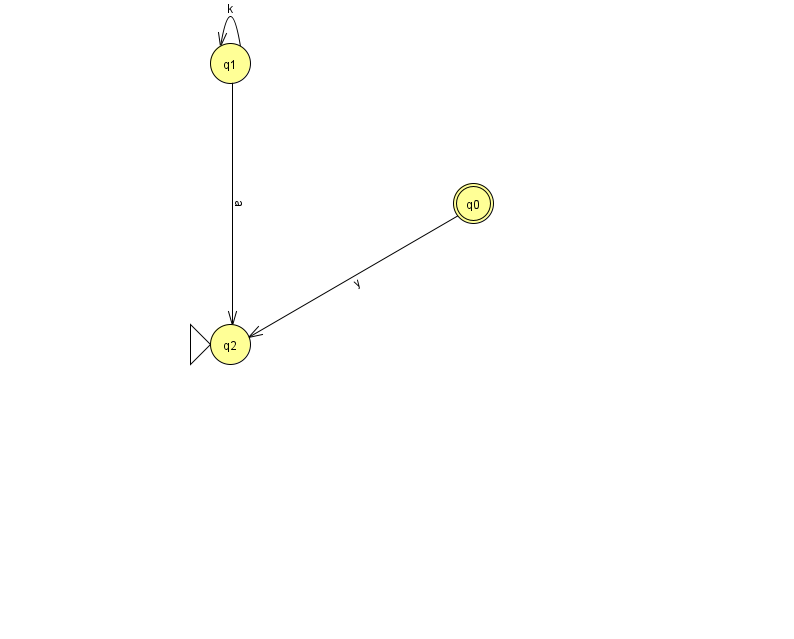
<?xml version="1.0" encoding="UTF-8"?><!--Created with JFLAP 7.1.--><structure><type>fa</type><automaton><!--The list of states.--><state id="0" name="q0"><x>473.0</x><y>190.0</y><final/></state><state id="1" name="q1"><x>230.0</x><y>50.0</y></state><state id="2" name="q2"><x>230.0</x><y>331.0</y><initial/></state><!--The list of transitions.--><transition><from>0</from><to>2</to><read>y</read></transition><transition><from>1</from><to>1</to><read>k</read></transition><transition><from>1</from><to>2</to><read>a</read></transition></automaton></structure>